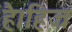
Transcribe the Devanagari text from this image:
है।हिज्र